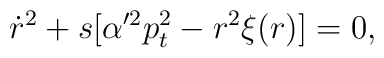
\dot r^2+s[\alpha'^2p_t^2-r^2\xi(r)]=0,